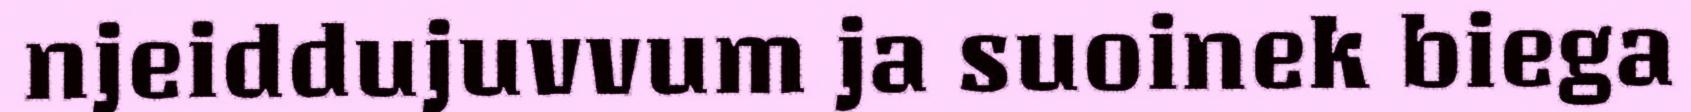
njeiddujuvvum ja suoinek biega